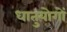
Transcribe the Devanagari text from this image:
धातुयोगों